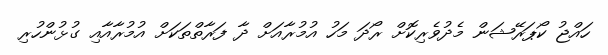
ހައްޖު ކޯޕަރޭޝަން މެދުވެރިކޮށް ރޯދަ މަހު އުމުރާއަށް ދާ ފަރާތްތަކަށް އުމުރާއާއި ގުޅުންހުރި